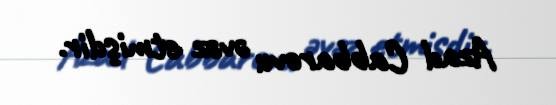
Azad Cabbarovu əvəz etmişdir.